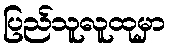
ပြည်သူလူထုမှာ